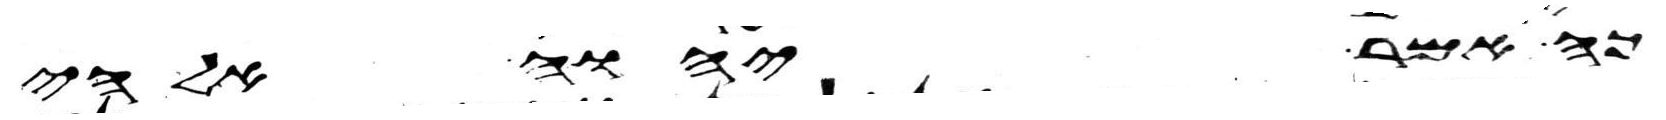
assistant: כה אמר יהוה אלהי